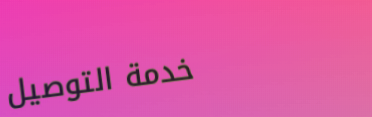
خدمة التوصيل